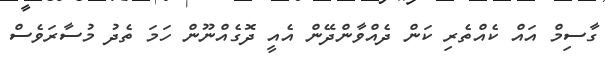
ގާސިމް އައް ކެއްތެރި ކަން ދެއްވާންދޭން އެއީ ދޮގެއްނޫން ހަމަ ތެދު މުސާރަވެސް